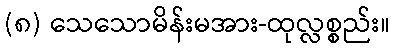
(၈) သေသောမိန်းမအား-ထုလ္လစ္စည်း။